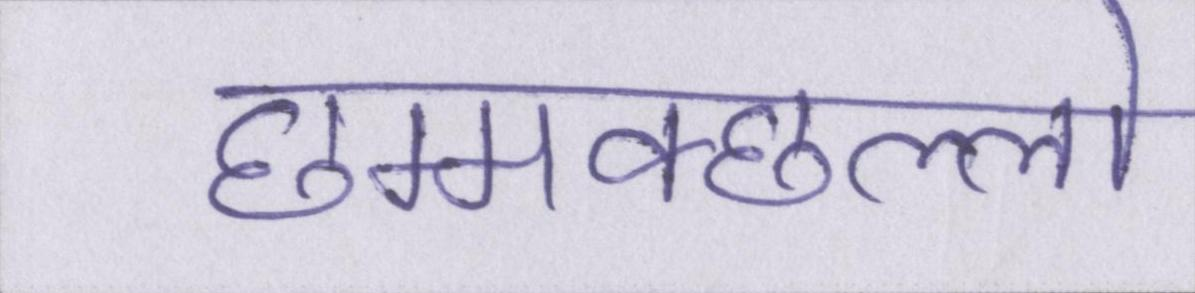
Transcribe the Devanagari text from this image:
छम्मक्छल्लो